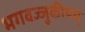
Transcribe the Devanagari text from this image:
भगवज्जुकीयम्‌